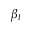
\beta _ { t }